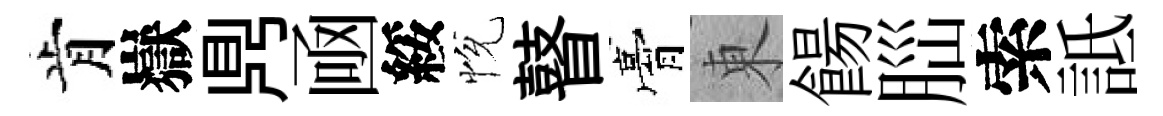
肯嶽𪔂凾綏恱瞽膏東餳𦛁索詆